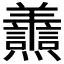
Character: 𦏬